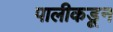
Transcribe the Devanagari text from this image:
पालीकडून